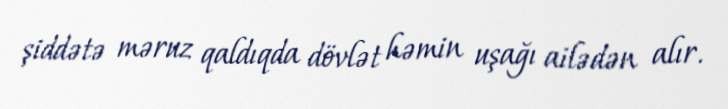
şiddətə məruz qaldıqda dövlət həmin uşağı ailədən alır.